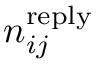
n _ { i j } ^ { \mathrm { r e p l y } }